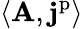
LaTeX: \langle\mathbf{A},\mathbf{j}^{\mathrm{p}}\rangle